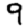
Digit: 9